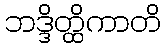
ဘဒ္ဒိတ္ထိကာတိ